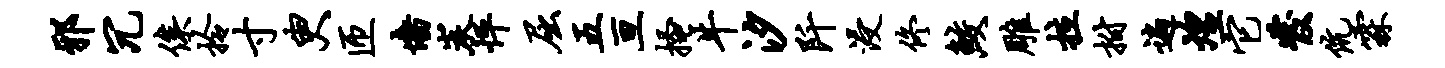
邪冗俟拎寸臾匝墙炭怦屈五亘搔牛汐阡浸佟鲛雕拉拊遍煌它发伉霖